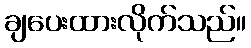
ချပေးထားလိုက်သည်။